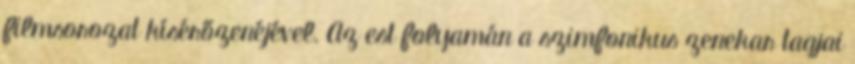
filmsorozat kísérőzenéjével. Az est folyamán a szimfonikus zenekar tagjai